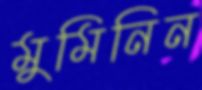
মুমিনিন